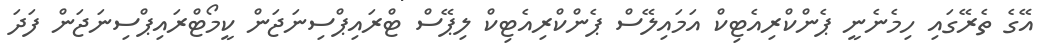
އޭގެ ތެރޭގައި ހިމެނެނީ ޕެންކްރިއެޓިކް އަމައިލޭސް ޕެންކްރިއެޓިކް ލިޕޭސް ޓްރައިޕްސިނަޖަން ކީމޯޓްރައިޕްސިނަޖަން ފަދަ